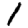
Digit: 1